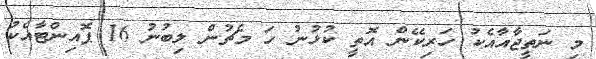
މި ނަތީޖާއާއެކު ހަރިކޭން އޮތީ ކުޅުނު ހަ މެޗުން ލިބުނު 16 ޕޮއިންޓާއެކު